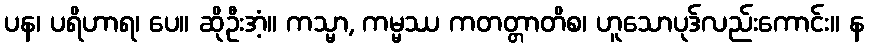
ပန၊ ပရိဟာရ၊ ပေ။ ဆိုဦးအံ့။ ကသ္မာ, ကမ္မဿ ကတတ္တာတိစ၊ ဟူသောပုဒ်လည်းကောင်း။ န